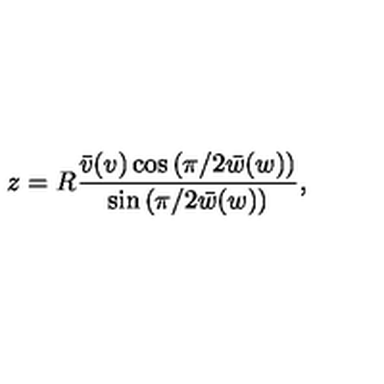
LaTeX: z = R \frac { \bar { v } ( v ) \cos \left( \pi / 2 \bar { w } ( w ) \right) } { \sin \left( \pi / 2 \bar { w } ( w ) \right) } ,